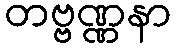
တဗ္ဗဏ္ဏနာ